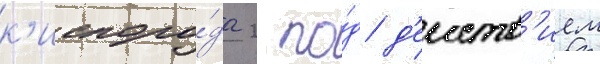
к'ислоро́да 2 по́д д'еиств'ием